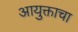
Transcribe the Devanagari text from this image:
आयुक्ताचा